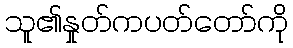
သူ၏နှုတ်ကပတ်တော်ကို